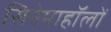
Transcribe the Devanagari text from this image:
सिनेमाहॉलों